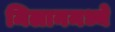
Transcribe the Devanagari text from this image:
मिलानमध्ये